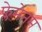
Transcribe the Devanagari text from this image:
फ्लेमेनम